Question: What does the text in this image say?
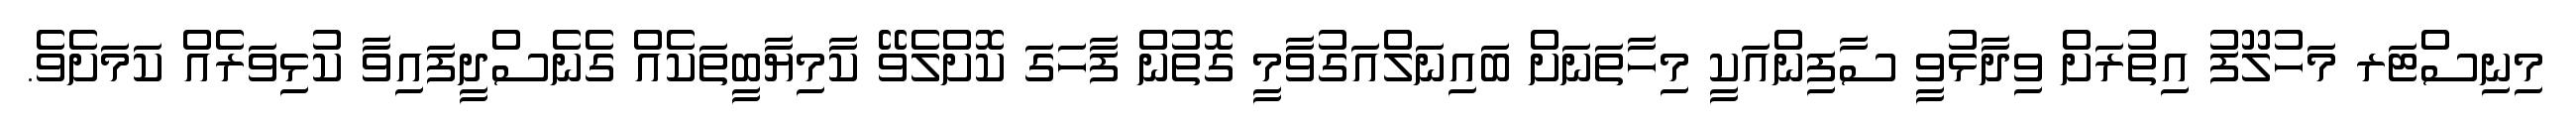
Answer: މިނިސްޓަރ މަހުލޫފު އިތުރަށް ވިދާޅުވީ ސާފިންއަކީ މިހާތަނަށް ބައިނަލްއަގުވާމީ ގޮތުން ފާހަގަ ކޮށްލެވޭ ކާމިޔާބީތަކެއް ގެނެސްދީފައިވާ ކުޅިވަރެއް ކަމަށެވެ.